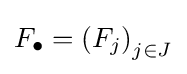
F_{\bullet }=\left(F_{j}\right)_{j\in J}